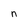
Character: n